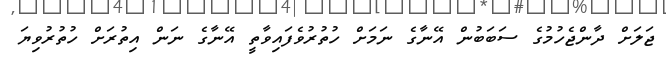
ޖަލަށް ދާންޖެހުމުގެ ސަބަބުން އޭނާގެ ނަމަށް ހުތުރުވެފައިވާތީ އޭނާގެ ނަން އިތުރަށް ހުތުރުވިޔަ